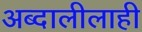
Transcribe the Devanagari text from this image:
अब्दालीलाही